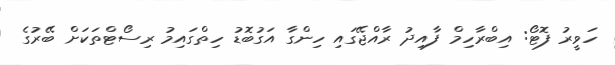
ހަވީރު ފޮޓޯ: އިބްރާހިމް ފާއިދު ރާއްޖޭގައި ހިންގާ އަގުބޮޑު ހިތްގައިމު ރިސޯޓްތަކަށް ބޭރުގެ